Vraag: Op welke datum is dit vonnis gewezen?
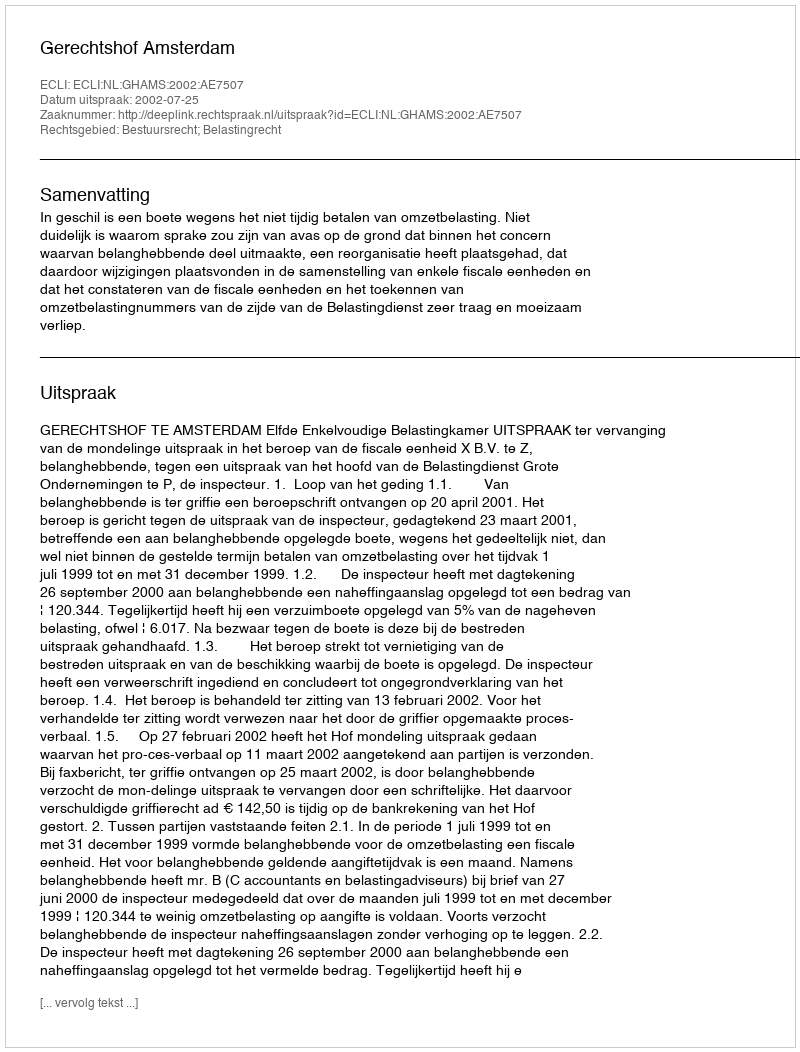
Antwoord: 2002-07-25